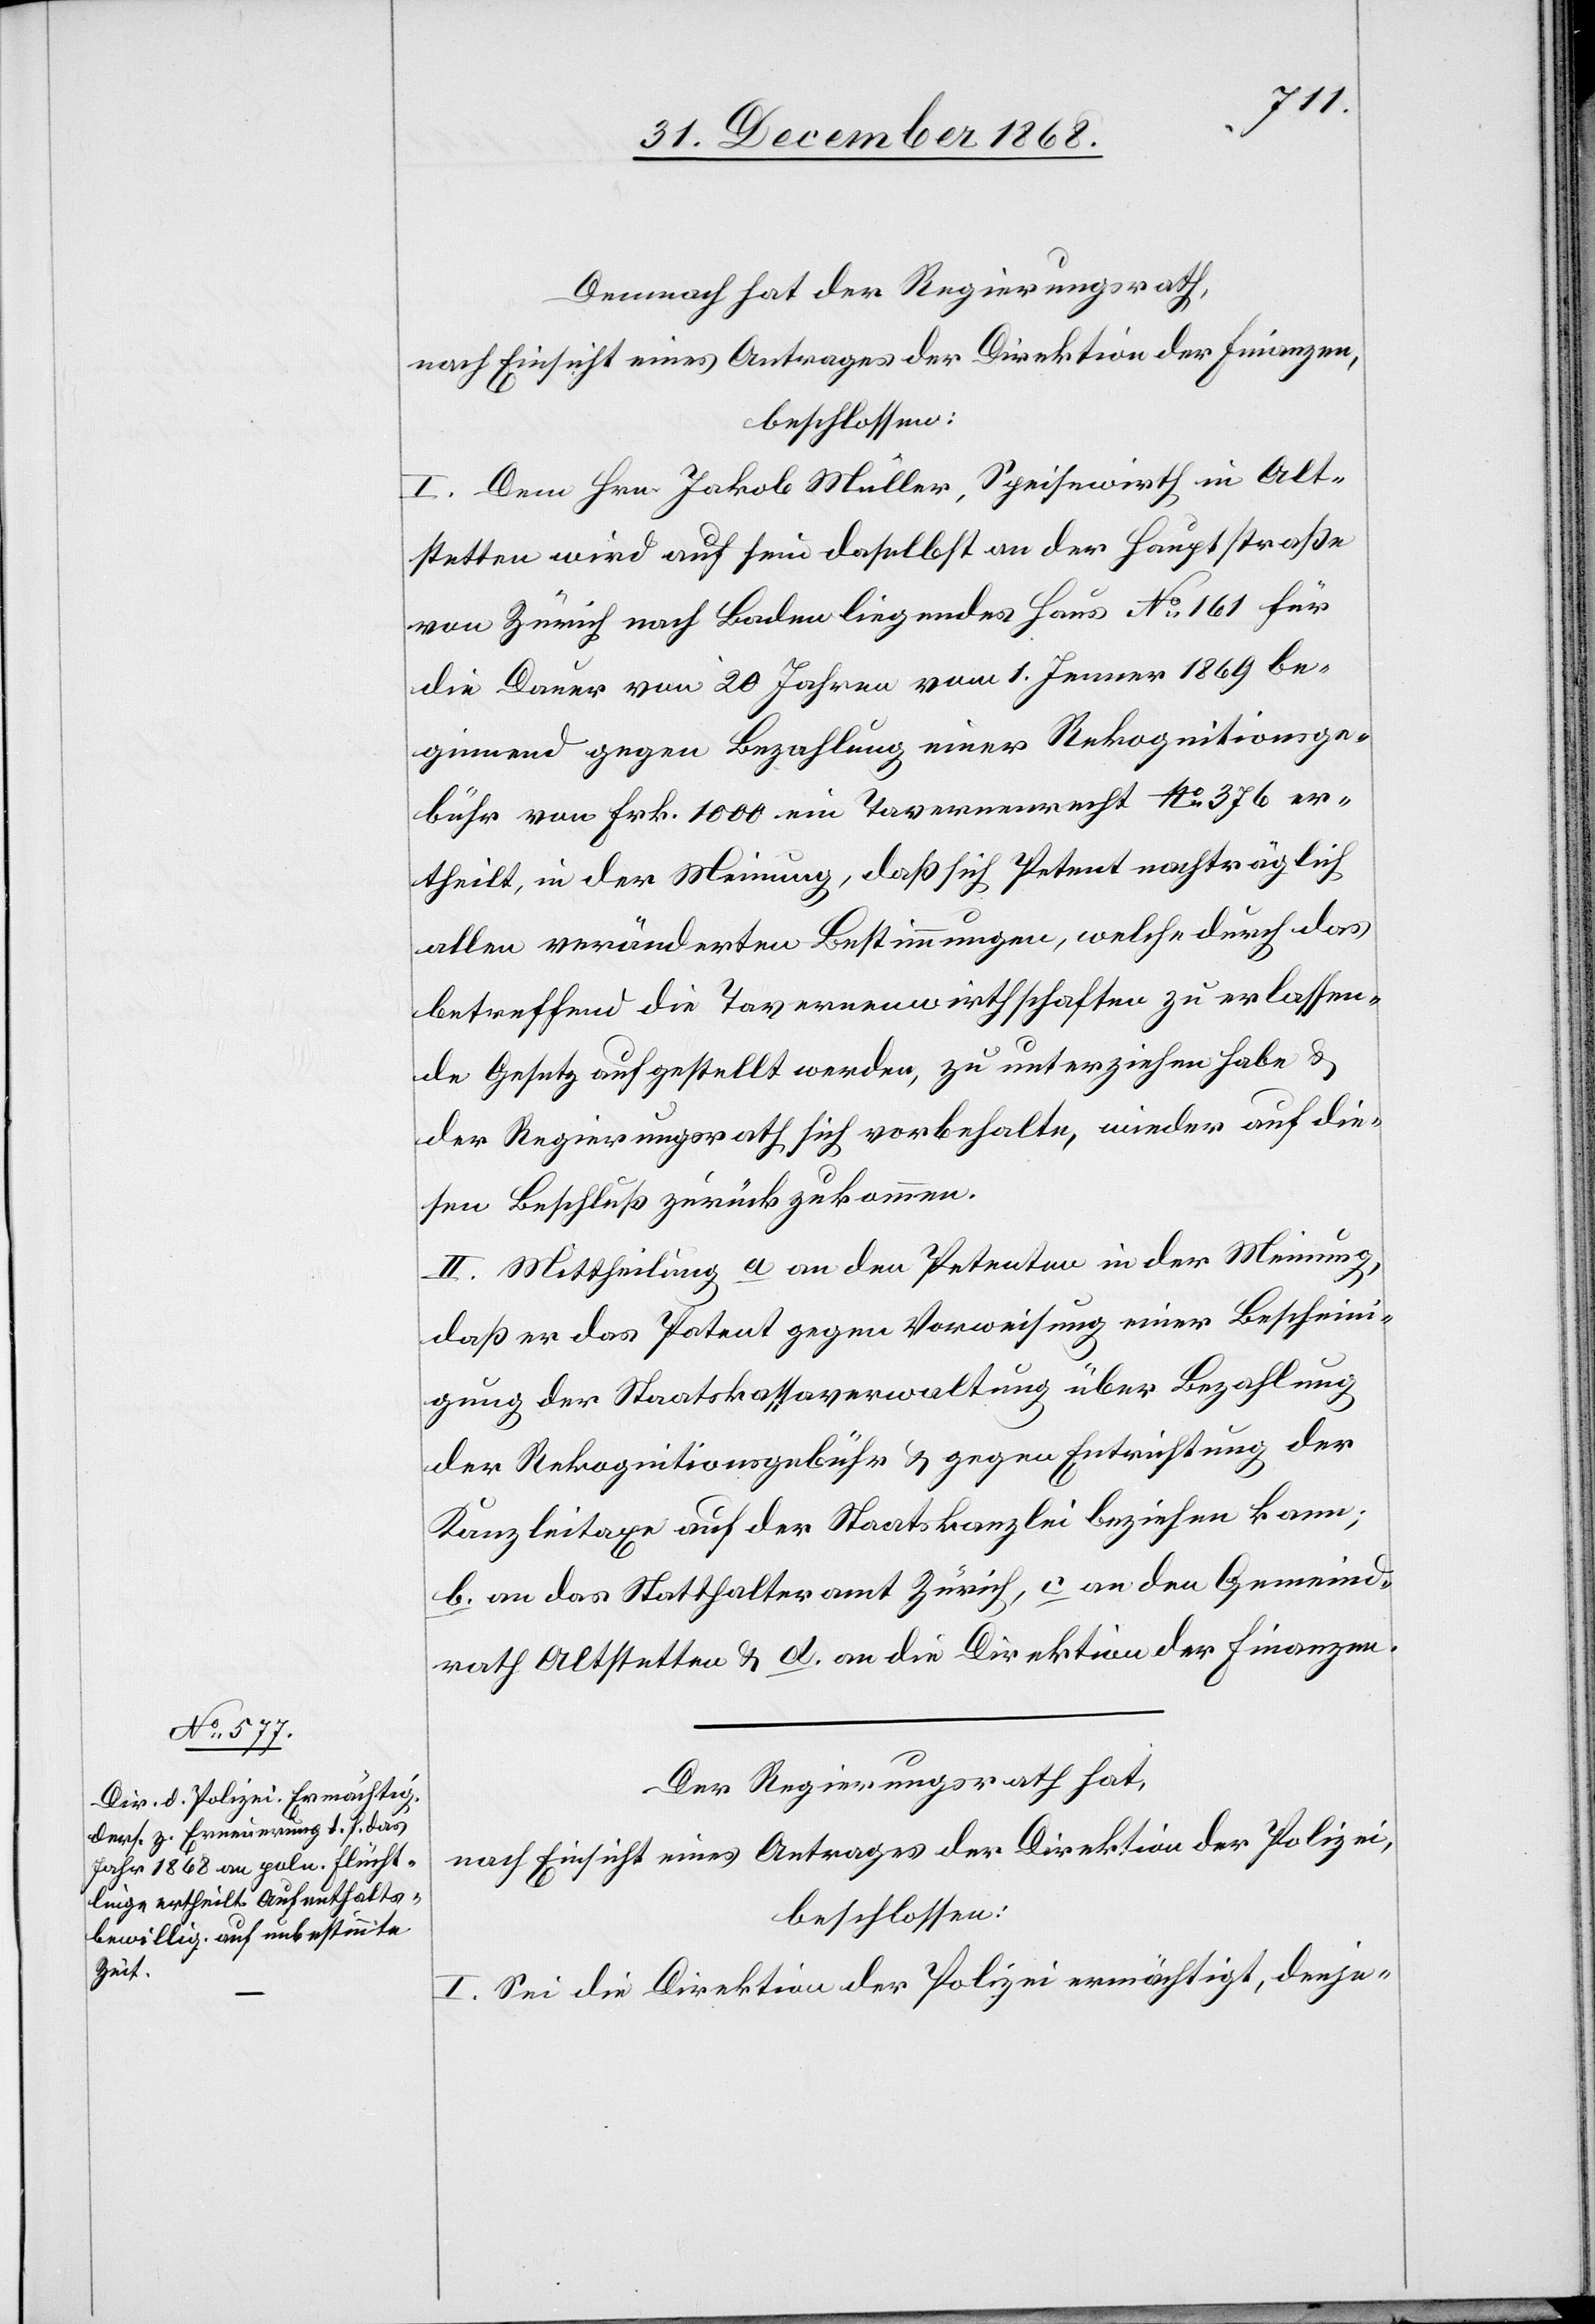
Demnach hat der Regierungsrath,
nach Einsicht eines Antrages der Direktion der Finanzen,
beschlossen:
I. Dem Hrn. Jakob Müller, Speisewirth in Alt¬
stetten wird auf sein daselbst an der Hauptstraße
von Zürich nach Baden liegendes Haus No 161 für
die Dauer von 20 Jahren vom 1. Jenner 1869 be¬
ginnend gegen Bezahlung einer Rekognitionsge¬
bühr von Frk. 1000 ein Tavernenrecht No 376 er¬
theilt, in der Meinung, daß sich Petent nachträglich
allen veränderten Bestimmungen, welche durch das
betreffend die Tavernenwirthschaften zu erlassen¬
de Gesetz aufgestellt werden, zu unterziehen habe &
der Regierungsrath sich vorbehalte, wieder auf die¬
sen Beschluß zurückzukommen.
II. Mittheilung a. an den Petenten in der Meinung,
daß er das Patent gegen Vorweisung einer Bescheini¬
gung der Staatskassaverwaltung über Bezahlung
der Rekognitionsgebühr & gegen Entrichtung der
Kanzleitaxe auf der Staatskanzlei beziehen kann;
b. an das Statthalteramt Zürich, c. an den Gemeind¬
rath Altstetten & d. an die Direktion der Finanzen.
Der Regierungsrath hat,
nach Einsicht eines Antrages der Direktion der Polizei,
beschlossen:
I. Sei die Direktion der Polizei ermächtigt, denje-